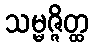
သမ္မဇ္ဇိတ္ထ